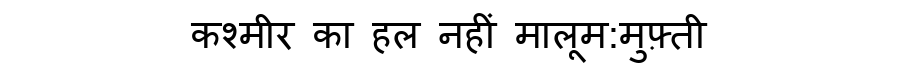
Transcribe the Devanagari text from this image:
कश्मीर का हल नहीं मालूम:मुफ़्ती